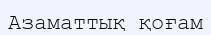
Азаматтық қоғам